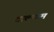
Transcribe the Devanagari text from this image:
टाल्कम